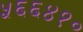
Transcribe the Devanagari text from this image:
५६६४१०